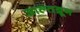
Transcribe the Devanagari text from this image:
आल्तब्रून